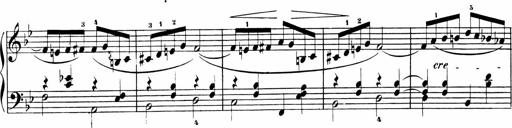
Title: Sonatinen Op.47, 98 und 136, nebst 6 Liedersonatinen
Composer: Carl Reinecke